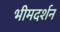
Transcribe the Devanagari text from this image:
भीमदर्शन